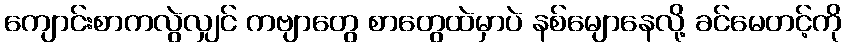
ကျောင်းစာကလွဲလျှင် ကဗျာတွေ စာတွေထဲမှာပဲ နစ်မျောနေလို့ ခင်မေတင့်ကို